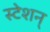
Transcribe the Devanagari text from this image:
स्टेशन्